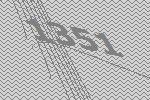
1351